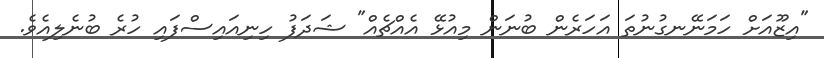
"އިޒޫއަށް ހަމަނޭނގުނުތަ އަހަރެން ބުނަން މިއުޅޭ އެއްޗެއް" ޝަދަފު ހިނިއައިސްފައި ހުރެ ބުނެލިއެވެ.